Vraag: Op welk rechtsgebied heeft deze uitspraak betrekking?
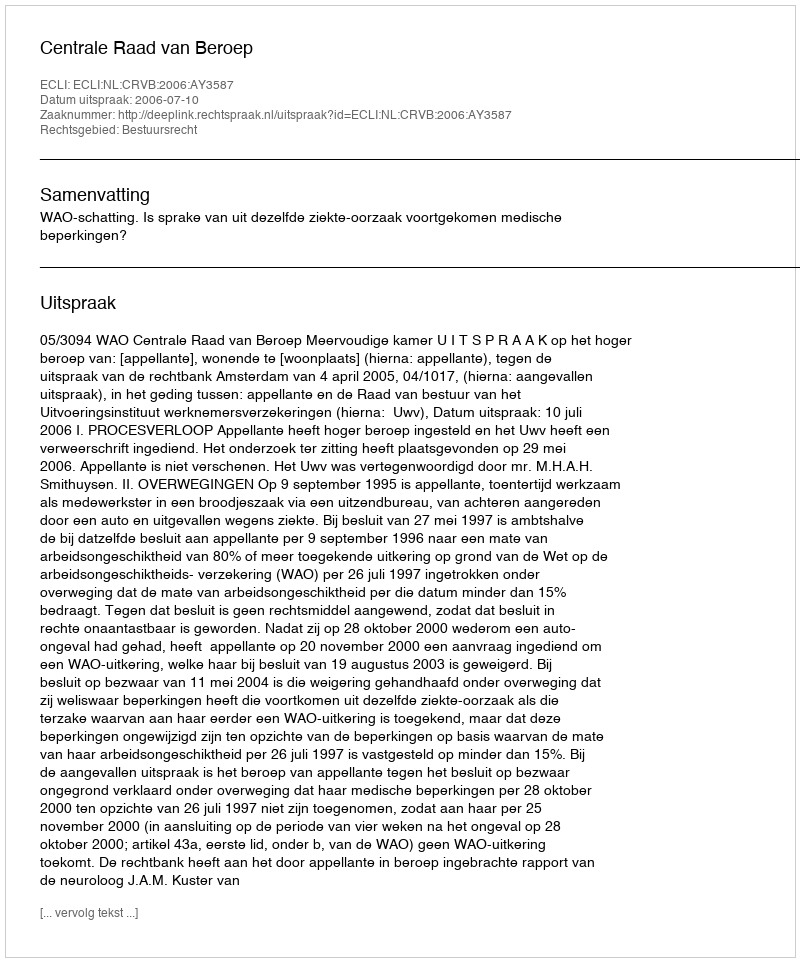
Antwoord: Bestuursrecht